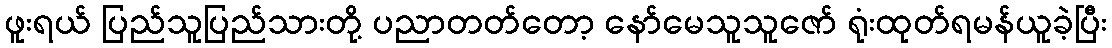
ဖူးရယ် ပြည်သူပြည်သားတို့ ပညာတတ်တော့ နော်မေသူသူဇော် ရုံးထုတ်ရမန်ယူခဲ့ပြီး